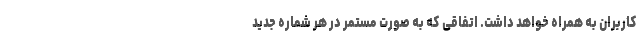
کاربران به همراه خواهد داشت. اتفاقی که به صورت مستمر در هر شماره جدید